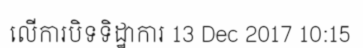
លើការបិទទិដ្ឋាការ 13 Dec 2017 10:15